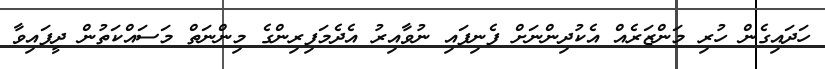
ހަދައިގެން ހުރި މަންޒަރެއް އެކުދިންނަށް ފެނިފައި ނުވާއިރު އެދެމަފިރިންގެ މިންނަތް މަސައްކަތުން ދީފައިވާ